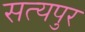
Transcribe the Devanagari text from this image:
सत्यपुर